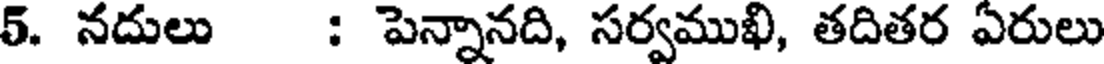
5. నదులు : పెన్నానది, సర్వముఖి, తదితర ఏరులు